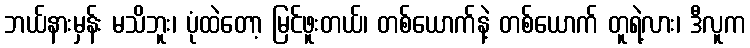
ဘယ်နားမှန်း မသိဘူး၊ ပုံထဲတော့ မြင်ဖူးတယ်၊ တစ်ယောက်နဲ့ တစ်ယောက် တူရဲ့လား၊ ဒီလူက